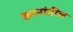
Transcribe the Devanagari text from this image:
कानांतील